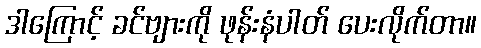
ဒါကြောင့် ခင်ဗျားကို ဖုန်းနံပါတ် ပေးလိုက်တာ။